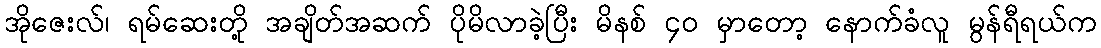
အိုဇေးလ်၊ ရမ်ဆေးတို့ အချိတ်အဆက် ပိုမိလာခဲ့ပြီး မိနစ် ၄၀ မှာတော့ နောက်ခံလူ မွန်ရီရယ်က